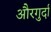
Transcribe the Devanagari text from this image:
औरगुर्दा